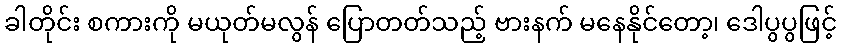
ခါတိုင်း စကားကို မယုတ်မလွန် ပြောတတ်သည့် ဗားနက် မနေနိုင်တော့၊ ဒေါပွပွဖြင့်